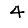
Digit: 4